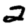
Digit: 2